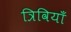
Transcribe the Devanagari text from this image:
त्रिवियाँ